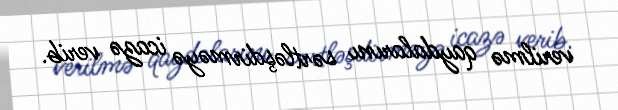
verilmə qaydalarını sərtləşdirməyə icazə verib.